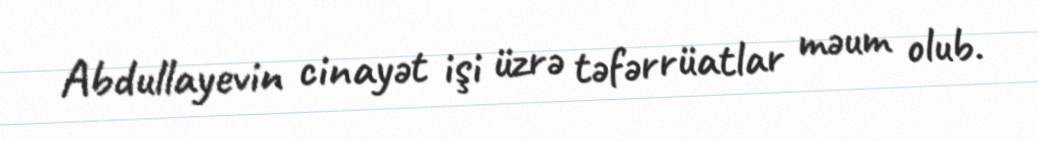
Abdullayevin cinayət işi üzrə təfərrüatlar məum olub.